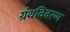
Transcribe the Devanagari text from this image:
ग्रंथविवरण